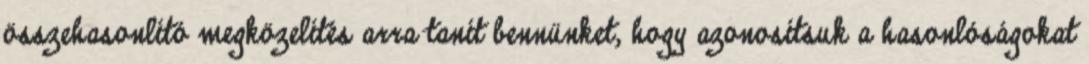
összehasonlító megközelítés arra tanít bennünket, hogy azonosítsuk a hasonlóságokat